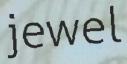
jewel